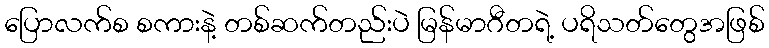
ပြောလက်စ စကားနဲ့ တစ်ဆက်တည်းပဲ မြန်မာဂီတရဲ့ ပရိသတ်တွေအဖြစ်